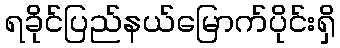
ရခိုင်ပြည်နယ်မြောက်ပိုင်းရှိ